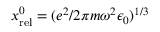
x _ { \mathrm { r e l } } ^ { 0 } = ( e ^ { 2 } / 2 \pi m \omega ^ { 2 } \epsilon _ { 0 } ) ^ { 1 / 3 }